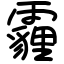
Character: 霾